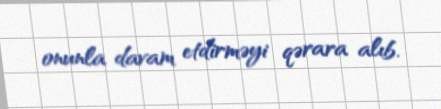
onunla davam etdirməyi qərara alıb.